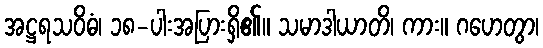
အဋ္ဌရသဝိဓံ၊ ၁၈-ပါးအပြားရှိ၏။ သမာဒါယာတိ၊ ကား။ ဂဟေတွာ၊